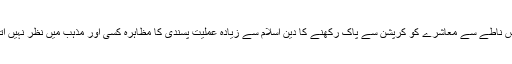
اس ناطے سے معاشرے کو کرپشن سے پاک رکھنے کا دین اسلام سے زیادہ عملیت پسندی کا مظاہرہ کسی اور مذہب میں نظر نہیں آتا۔